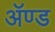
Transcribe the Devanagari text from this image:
ॲण्‍ड